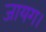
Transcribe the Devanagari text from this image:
जायग।